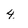
Character: 4